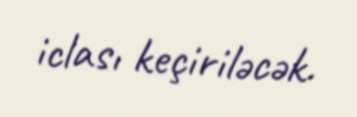
iclası keçiriləcək.